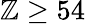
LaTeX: \mathbb{Z}\ge54